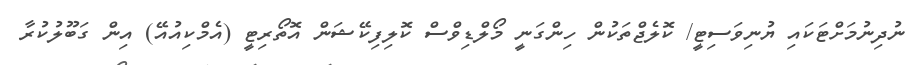
ނުދިނުމަށްޓަކައި ޔުނިވަސިޓީ/ ކޮލެޖްތަކުން ހިންގަނީ މޯލްޑިވްސް ކޮލިފިކޭޝަން އޮތޯރިޓީ (އެމްކިއުއޭ) އިން ގަބޫލުކުރާ